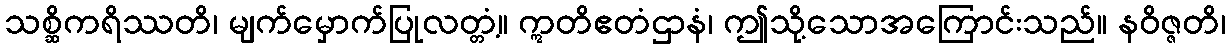
သစ္ဆိကရိဿတိ၊ မျက်မှောက်ပြုလတ္တံ့။ ဣတိဧတံဌာနံ၊ ဤသို့သောအကြောင်းသည်။ နဝိဇ္ဇတိ၊